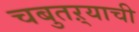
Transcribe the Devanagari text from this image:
चबुतऱ्याची